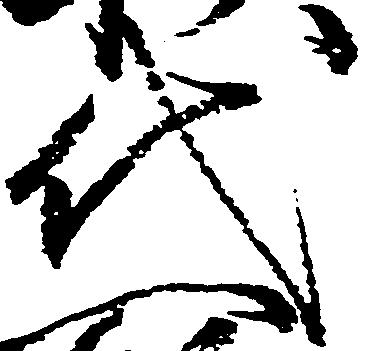
代